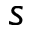
s